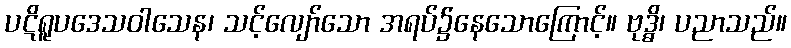
ပဋိရူပဒေသဝါသေန၊ သင့်လျော်သော အရပ်၌နေသောကြောင့်။ ဗုဒ္ဓိ၊ ပညာသည်။